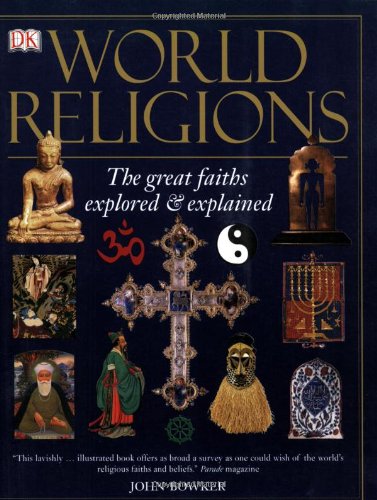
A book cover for World Religions: The Great Faiths Explored & Explained; John Bowker; History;